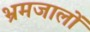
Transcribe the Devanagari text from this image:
भ्रमजालों